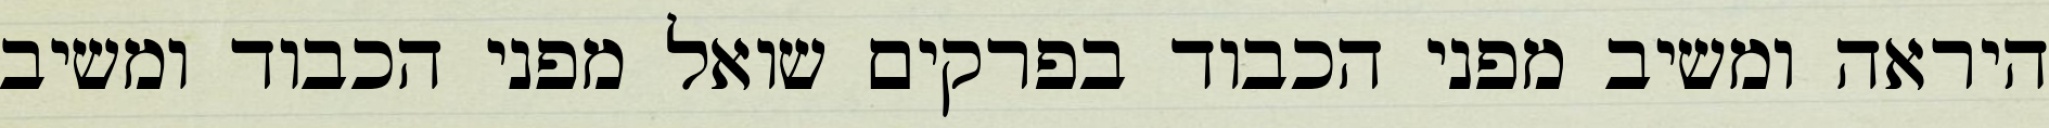
היראה ומשיב מפני הכבוד בפרקים שואל מפני הכבוד ומשיב